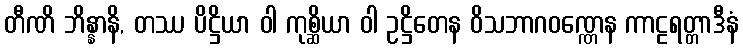
တီဏိ ဘိန္နာနိ, တဿ ပိဋ္ဌိယာ ဝါ ကုစ္ဆိယာ ဝါ ဥဋ္ဌိတေန ဝိသဘာဂဝဏ္ဏေန ကာဠရတ္တာဒီနံ